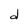
Character: d